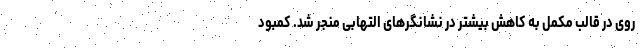
روی در قالب مکمل به کاهش بیشتر در نشانگرهای التهابی منجر شد. کمبود